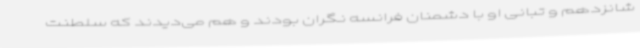
شانزدهم و تبانی او با دشمنان فرانسه نگران بودند و هم می‌دیدند که سلطنت